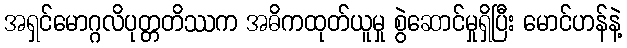
အရှင်မောဂ္ဂလိပုတ္တတိဿက အဓိကထုတ်ယူမှု စွဲဆောင်မှုရှိပြီး မောင်ဟန်နဲ့